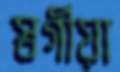
স্বর্গীয়া